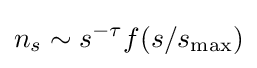
n_{s}\sim s^{-\tau }f(s/s_{\max })